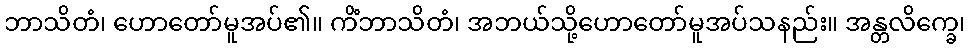
ဘာသိတံ၊ ဟောတော်မူအပ်၏။ ကိံဘာသိတံ၊ အဘယ်သို့ဟောတော်မူအပ်သနည်း။ အန္တလိက္ခေ၊